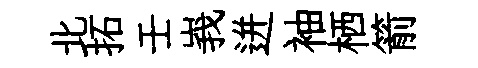
北拓壬峩迸袖栖箭